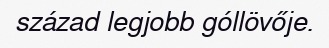
század legjobb góllövője.